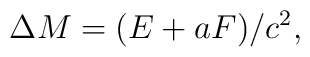
\Delta M = ( E +  a F )/c^2,